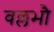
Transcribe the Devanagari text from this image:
वल्लभौ